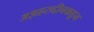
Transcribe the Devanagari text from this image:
अझहरुद्दीनकडून